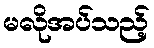
မလိုအပ်သည့်